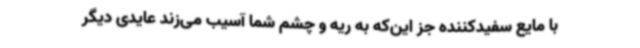
با مایع سفیدکننده جز این‌که به ریه و چشم شما آسیب می‌زند عایدی دیگر